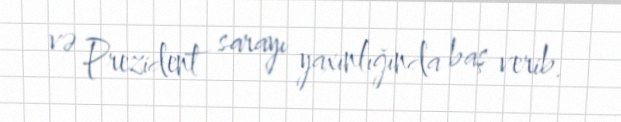
və Prezident sarayı yaxınlığında baş verib.